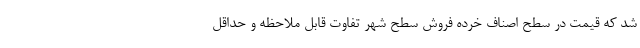
شد که قیمت در سطح اصناف خرده فروش سطح شهر تفاوت قابل ملاحظه و حداقل